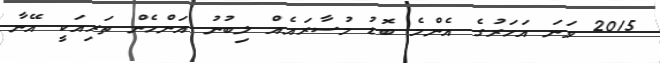
2015 ވަނަ އަހަރުގެ އެންމެ ބޮޑު މުސާރައެއް ލިބުނު އަންހެން ތަރިއަކީ އޭނާ